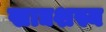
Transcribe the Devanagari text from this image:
खाद्यशस्य